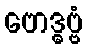
ဗောဒ္ဓဗ္ဗံ